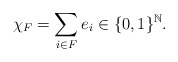
\begin{align*} \chi_F=\sum_{i \in F} e_i \in \{0,1\}^{\mathbb{N}}. \end{align*}